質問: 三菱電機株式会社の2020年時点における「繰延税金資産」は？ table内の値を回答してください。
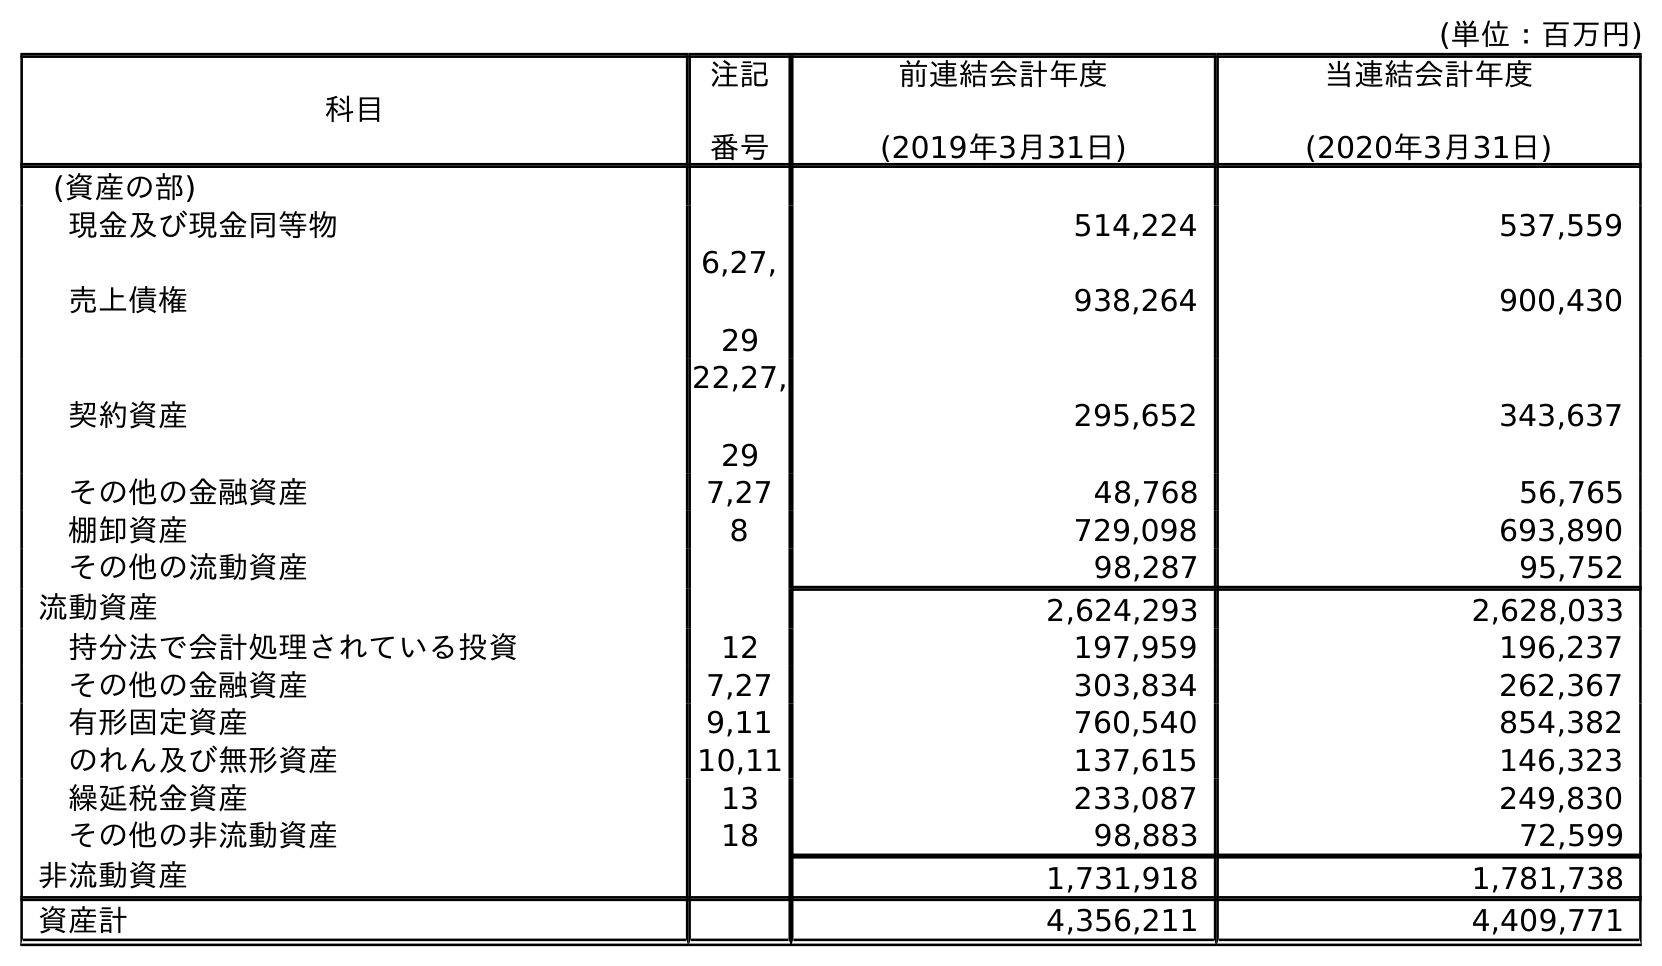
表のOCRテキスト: (単位：百万円) 科目 注記 番号 前連結会計年度 (2019年3月31日) 当連結会計年度 (2020年3月31日) (資産の部) 現金及び現金同等物 514,224 537,559 売上債権 6,27, 29 938,264 900,430 契約資産 22,27, 29 295,652 343,637 その他の金融資産 7,27 48,768 56,765 棚卸資産 8 729,098 693,890 その他の流動資産 98,287 95,752 流動資産 2,624,293 2,628,033 持分法で会計処理されている投資 12 197,959 196,237 その他の金融資産 7,27 303,834 262,367 有形固定資産 9,11 760,540 854,382 のれん及び無形資産 10,11 137,615 146,323 繰延税金資産 13 233,087 249,830 その他の非流動資産 18 98,883 72,599 非流動資産 1,731,918 1,781,738 資産計 4,356,211 4,409,771
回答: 249,830